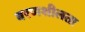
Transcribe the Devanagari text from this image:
वरणशीलता